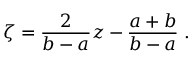
\zeta = { \frac { 2 } { b - a } } z - { \frac { a + b } { b - a } } \; .